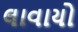
લાવાયો